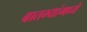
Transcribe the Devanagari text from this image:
बातम्यांमध्ये